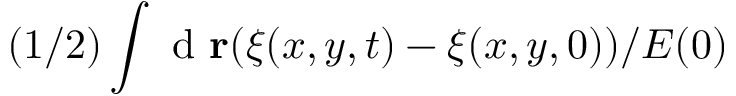
( 1 / 2 ) \int \mathrm { ~ d ~ } \mathbf { r } ( \xi ( x , y , t ) - \xi ( x , y , 0 ) ) / E ( 0 )